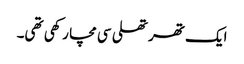
ایک تھرتھلی سی مچا رکھی تھی۔